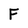
Character: F